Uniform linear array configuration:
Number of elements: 16
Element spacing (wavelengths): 0.5
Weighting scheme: kaiser
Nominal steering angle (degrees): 45
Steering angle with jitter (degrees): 45.085
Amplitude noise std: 0.05
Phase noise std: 0.05

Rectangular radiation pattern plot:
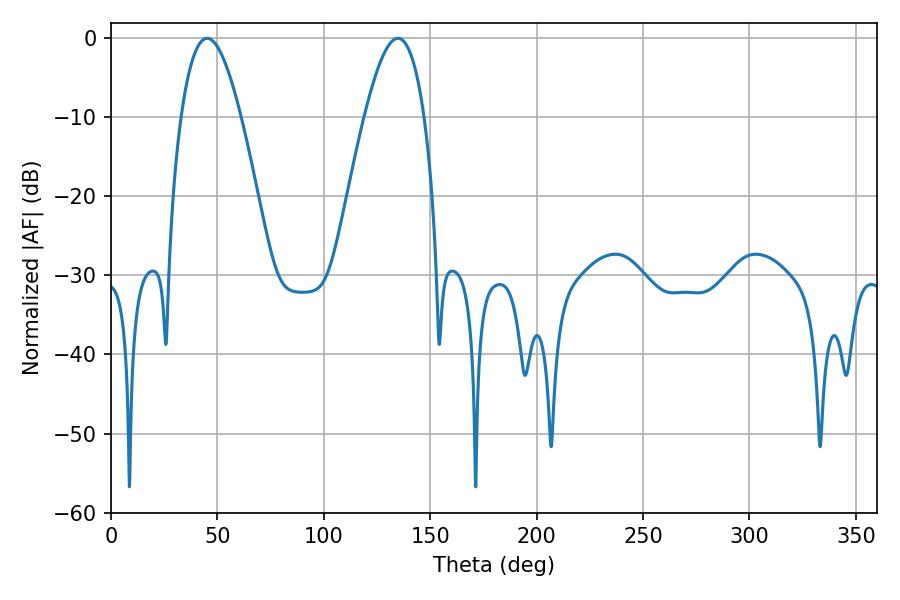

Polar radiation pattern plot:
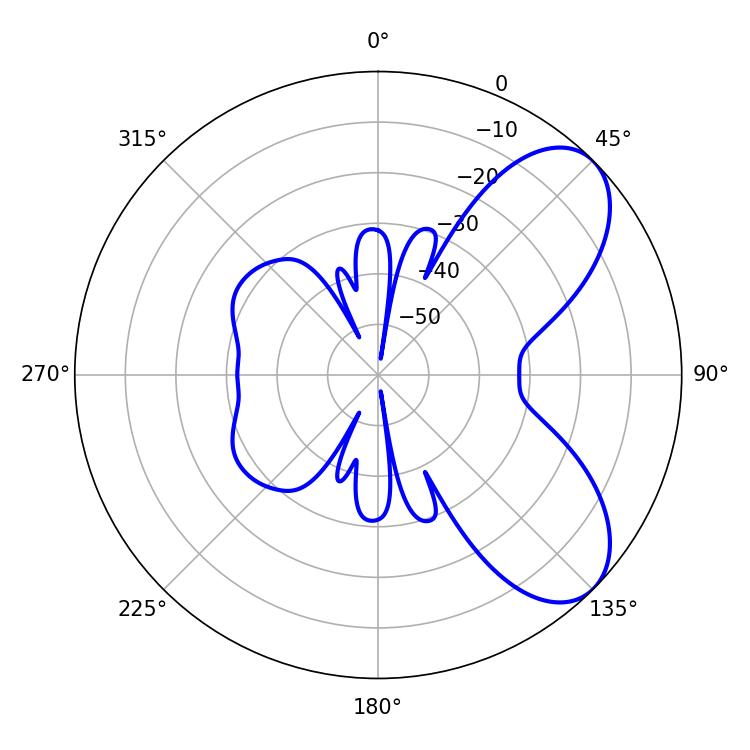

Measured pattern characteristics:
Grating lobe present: FALSE
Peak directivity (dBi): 6.846
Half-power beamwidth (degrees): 15.48
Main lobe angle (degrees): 134.82